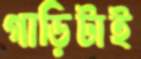
গাড়িটাই